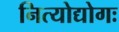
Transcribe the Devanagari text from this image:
नित्योद्योगः